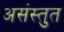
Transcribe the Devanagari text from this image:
असंस्तुत